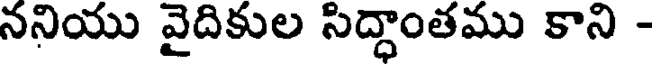
ననియు వైదికుల సిద్ధాంతము కాని -